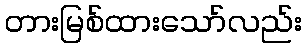
တားမြစ်ထားသော်လည်း